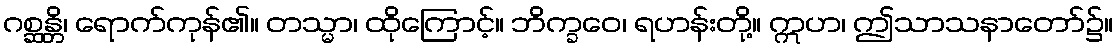
ဂစ္ဆန္တိ၊ ရောက်ကုန်၏။ တသ္မာ၊ ထိုကြောင့်။ ဘိက္ခဝေ၊ ရဟန်းတို့။ ဣဟ၊ ဤသာသနာတော်၌။